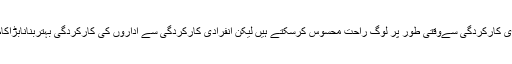
انفرادی کارکردگی سےوقتی طور پر لوگ راحت محسوس کرسکتے ہیں لیکن انفرادی کارکردگی سے اداروں کی کارکردگی بہتربنانابڑاکام ہے۔